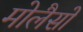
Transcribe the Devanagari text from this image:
मोलैसों